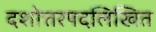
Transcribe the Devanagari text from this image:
दशोत्तरपदलिखित